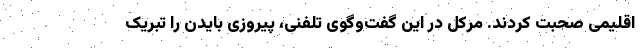
اقلیمی صحبت کردند. مرکل در این گفت‌وگوی تلفنی، پیروزی بایدن را تبریک